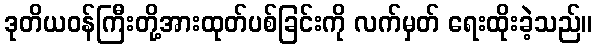
ဒုတိယဝန်ကြီးတို့အားထုတ်ပစ်ခြင်းကို လက်မှတ် ရေးထိုးခဲ့သည်။